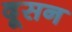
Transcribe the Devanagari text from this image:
दूसन